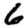
Digit: 6